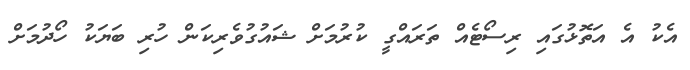
އެކު އެ އަތޮޅުގައި ރިސޯޓެއް ތަރައްގީ ކުރުމަށް ޝައުގުވެރިކަން ހުރި ބަޔަކު ހޯދުމަށް